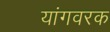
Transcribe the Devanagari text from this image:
यांगवरक